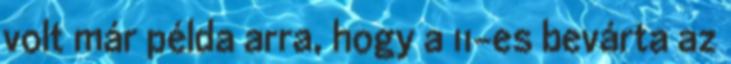
volt már példa arra, hogy a 11-es bevárta az